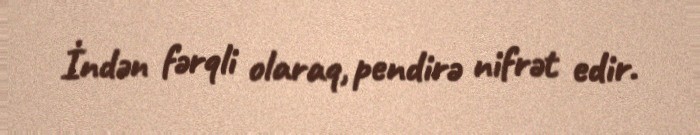
İndən fərqli olaraq, pendirə nifrət edir.